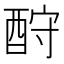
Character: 酧